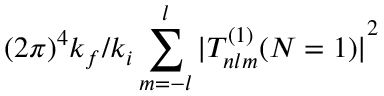
{ ( 2 \pi ) } ^ { 4 } { k _ { f } } / { k _ { i } } \sum _ { m = - l } ^ { l } { | T _ { n l m } ^ { ( 1 ) } ( N = 1 ) | } ^ { 2 }